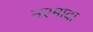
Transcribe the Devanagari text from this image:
नरमादा